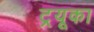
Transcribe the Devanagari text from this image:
ट्रयूका